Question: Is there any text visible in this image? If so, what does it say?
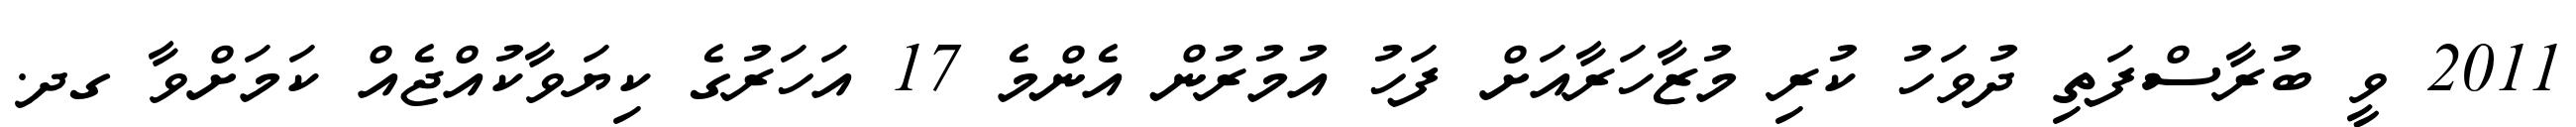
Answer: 2011 ވީ ބުރާސްފަތި ދުވަހު ކުރި މުޒާހަރާއަށް ފަހު އުމުރުން އެންމެ 17 އަހަރުގެ ކިޔަވާކުއްޖެއް ކަމަށްވާ ގދ.